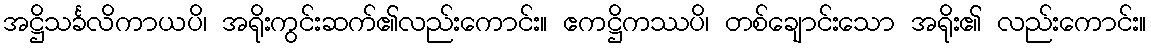
အဋ္ဌိသင်္ခလိကာယပိ၊ အရိုးကွင်းဆက်၏လည်းကောင်း။ ဧကဋ္ဌိကဿပိ၊ တစ်ချောင်းသော အရိုး၏ လည်းကောင်း။